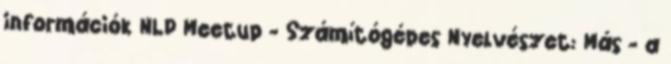
információk NLP Meetup - Számítógépes Nyelvészet: Más - a